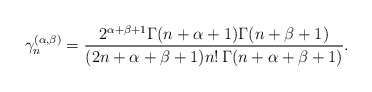
\begin{align*}\gamma _n^{(\alpha,\beta)} =\frac{2^{\alpha+\beta+1}\Gamma(n+\alpha+1)\Gamma(n+\beta+1)}{(2n+\alpha+\beta+1) n!\,\Gamma(n+\alpha+\beta+1)}.\end{align*}